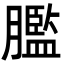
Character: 𦡶